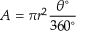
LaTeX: A = \pi r ^ { 2 } { \frac { \theta ^ { \circ } } { 3 6 0 ^ { \circ } } }